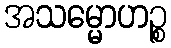
အသမ္မောဟဉ္စ